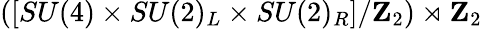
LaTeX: \left([SU(4)\times SU(2)_{L}\times SU(2)_{R}]/\mathbf{Z}_{2}\right)\rtimes\mathbf{Z}_{2}